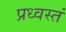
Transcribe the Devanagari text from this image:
प्रध्वस्तं